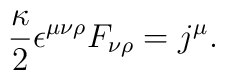
\frac{\kappa}{2}\epsilon^{\mu\nu\rho}F_{\nu\rho}=j^{\mu}.